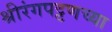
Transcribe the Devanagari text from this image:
श्रीरंगपट्टणच्या